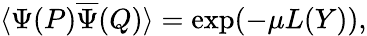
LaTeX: \langle{\Psi}(P)\overline{{{\Psi}}}(Q)\rangle=\exp(-\mu L(Y)),